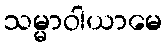
သမ္မာဝါယာမေ